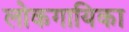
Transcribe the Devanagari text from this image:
लोकगायिका